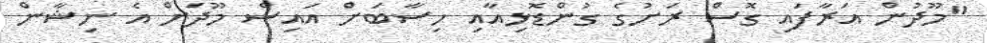
"މޫދުން އަރާފައި ގޮސް ރަށުގެ ގުންޑޮޅިއާއި ހިސާބަށް އައިސް މޫދަށް އެ ނިޝާން